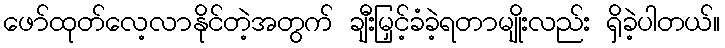
ဖော်ထုတ်လေ့လာနိုင်တဲ့အတွက် ချီးမြှင့်ခံခဲ့ရတာမျိုးလည်း ရှိခဲ့ပါတယ်။